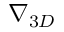
\nabla _ { 3 D }